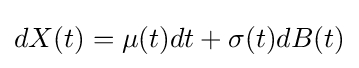
dX(t)=\mu (t)dt+\sigma (t)dB(t)